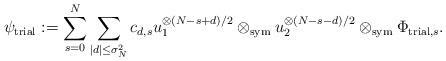
LaTeX: \begin{align*}\psi_\mathrm{trial}:=\sum_{s=0}^N \sum_{|d|\le \sigma_N^2} c_{d,s}u_1^{\otimes(N-s+d)/2}\otimes_{\mathrm{sym}} u_2^{\otimes (N-s-d)/2}\otimes_{\mathrm{sym}}\Phi_{\mathrm{trial},s}.\end{align*}